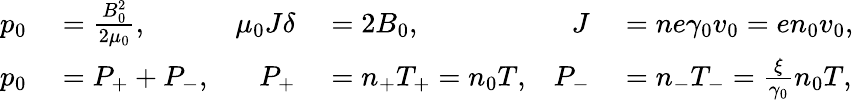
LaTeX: \begin{array}{rlrlrl}{p_{0}}&{{}=\frac{B_{0}^{2}}{2\mu_{0}},}&{\mu_{0}J\delta}&{{}=2B_{0},}&{J}&{{}=ne\gamma_{0}v_{0}=en_{0}v_{0},}\\ {p_{0}}&{{}=P_{+}+P_{-},}&{P_{+}}&{{}=n_{+}T_{+}=n_{0}T,}&{P_{-}}&{{}=n_{-}T_{-}=\frac{\xi}{\gamma_{0}}n_{0}T,}\end{array}